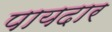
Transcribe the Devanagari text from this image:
पायदार